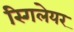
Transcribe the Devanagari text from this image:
स्गिलेयर